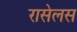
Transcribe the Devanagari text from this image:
रासेलस